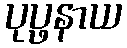
ပုပ္ဖနာယ